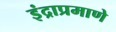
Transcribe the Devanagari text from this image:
इंद्राप्रमाणे